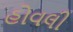
હોવલી